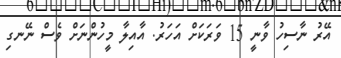
އޭރު ނާސިހު ވާނީ 15 ވަރަަކަށް އަހަރު. އާއިލާ މީހުންނަށް ވެސް ނޭނގި